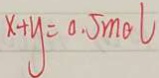
x + y = 0 . 5 m o l